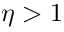
\eta > 1